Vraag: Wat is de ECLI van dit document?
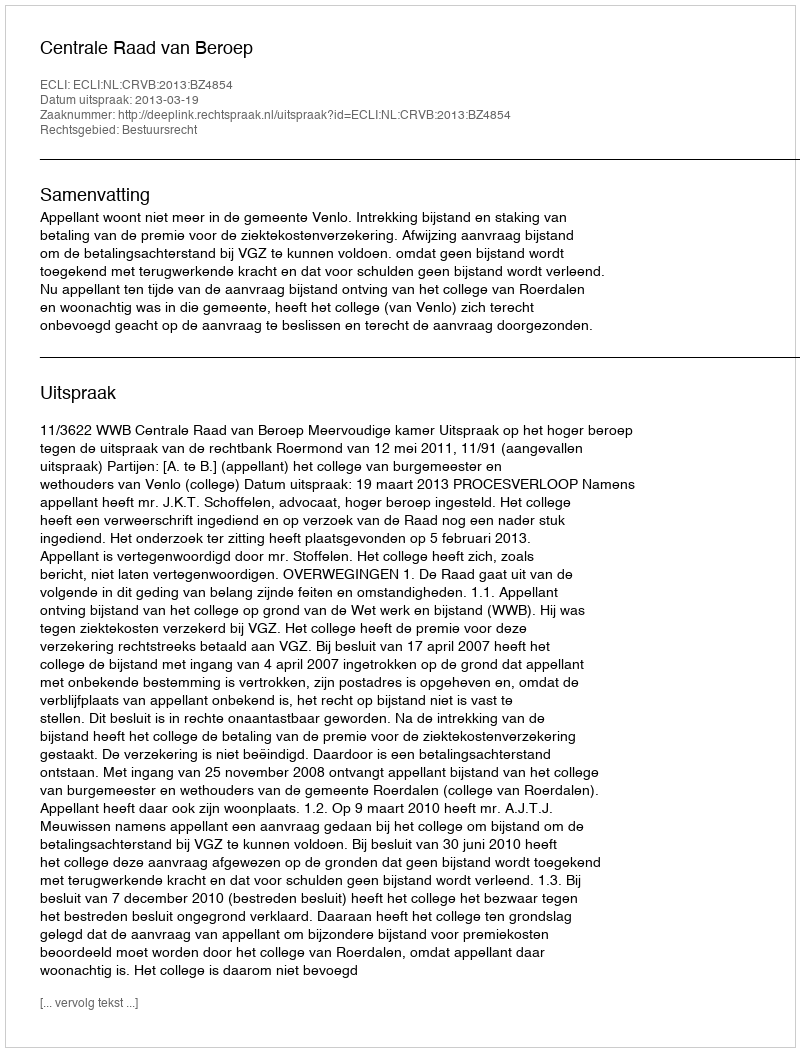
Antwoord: ECLI:NL:CRVB:2013:BZ4854